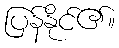
ပြန်နိုင်၏။